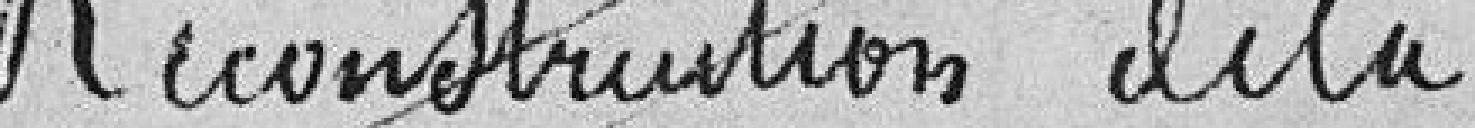
Reconstruction d'une